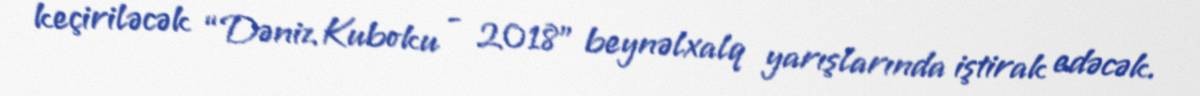
keçiriləcək “Dəniz Kuboku - 2018” beynəlxalq yarışlarında iştirak edəcək.